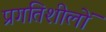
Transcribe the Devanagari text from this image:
प्रगतिशीलों